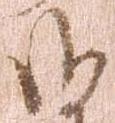
御